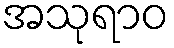
အသုရာဝ